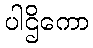
ပါဌိကော